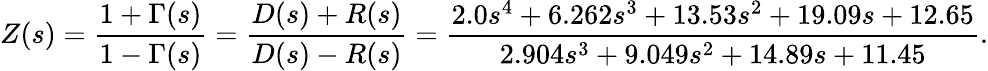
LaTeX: Z(s)=\frac{1+\Gamma(s)}{1-\Gamma(s)}=\frac{D(s)+R(s)}{D(s)-R(s)}=\frac{2.0s^{4}+6.262s^{3}+13.53s^{2}+19.09s+12.65}{2.904s^{3}+9.049s^{2}+14.89s+11.45}.